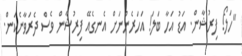
"ހަލޯ! ފިރުޝާން. އަޑު އަހާ ބަލަ! އަހަރެންނަށް އެނގެއޭ ފިރުޝާން ވެސް ދެރަވާނެކަން.